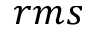
r m s